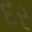
દર